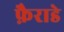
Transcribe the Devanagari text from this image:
फ़ैराडे